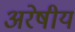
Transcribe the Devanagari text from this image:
अरेषीय